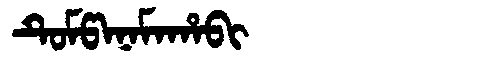
Manchu: ᡨᡠᠮᡦᠠᠨᠠᠮᠠᡥᠠᠪᡳ
Romanization: TUMPANAMAHABI